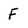
Character: F